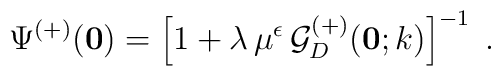
\Psi^{(+)} ({\bf 0})=\left[ 1 + \lambda \, \mu^{\epsilon}\,{\mathcal G}^{(+)}_{{D}} ({\bf 0};k) \right]^{-1}\;  .